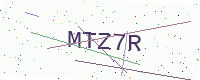
Text: MTZ7R